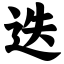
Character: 迭